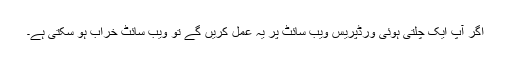
اگر آپ ایک چلتی ہوئی ورڈپریس ویب سائٹ پر یہ عمل کریں گے تو ویب سائٹ خراب ہو سکتی ہے۔